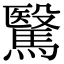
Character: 𩥯